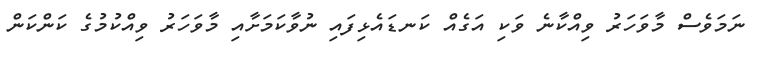
ނަމަވެސް މާވަހަރު ވިއްކާނެ ވަކި އަގެއް ކަނޑައެޅިފައި ނުވާކަމަށާއި މާވަހަރު ވިއްކުމުގެ ކަންކަން